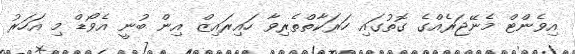
އިވެންޓް މެނޭޖަރެއްގެ ގޮތުގައި ހަރަކާތްތެރިވާ ހައިރައިޒް އިން ބުނީ އެވޯޑް މި އަހަރު